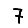
Digit: 7